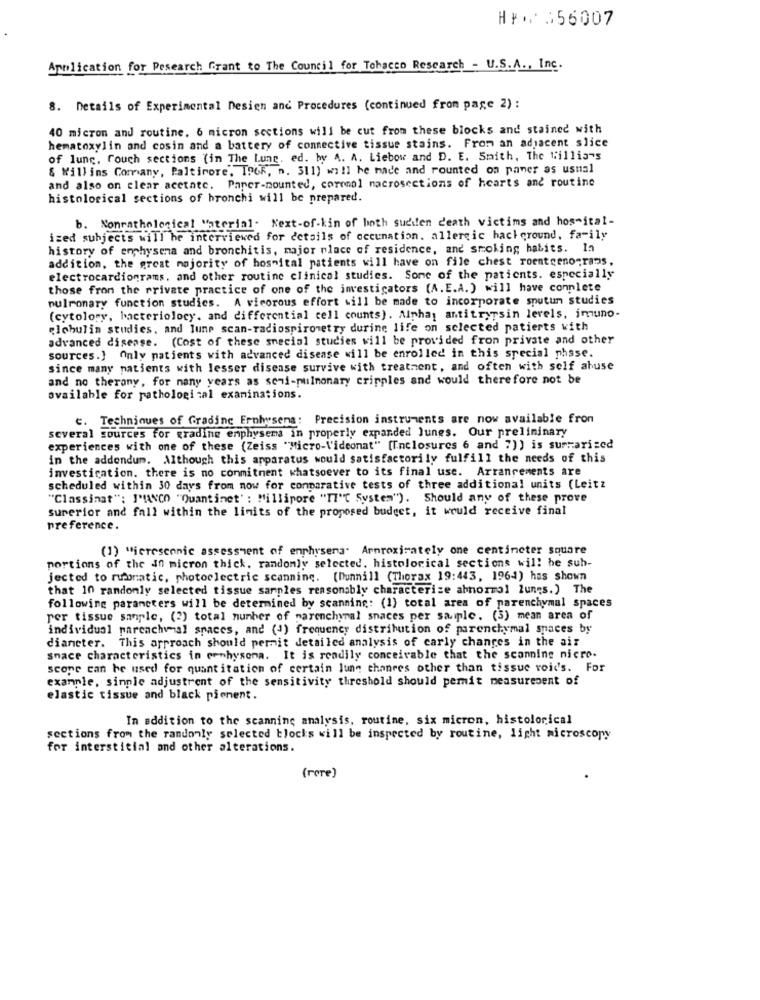
HY 056007
Application for Pesearch Grant to The Council for Tobacco Rescarch - U.S.A ., Inc.
8. Details of Experimental Design and Procedures (continued from page 2) :
40 micron and routine. 6 micron sections will be cut from these blocks and stained with
hematoxylin and cosin and a battery of connective tissue stains. From an adjacent slice
of lung. Couch sections (in The Lung, ed. by A. A. Liebow and D. E. Smith, The Williams
& Willins Comany, Paltirore, IPOR, n. 311) will be made and rounted on paner as usual
and also on clear acetate. Paper-mounted, coronel macrosections of hearts and routine
histological sections of bronchi will be prepared.
b. Nonrathological Material. Next-of-kin of both sudden death victims and hos-ital-
ized subjects will he interviewed for details of occunation. allergic background, fa-ily
history of emphysema and bronchitis, major place of residence, and smoking habits. In
addition, the great majority of hospital patients will have on file chest roentgeno-rams,
electrocardiograms. and other routine clinical studies. Some of the patients. especially
those from the private practice of one of the investigators (A.E.A.) will have complete
pulmonary function studies. A vicorous effort will be made to incorporate sputum studies
(cytology, bacteriolocy. and differential cell counts). Alphay antitrypsin levels, imuno-
globulin studies, and lune scan-radiospirometry durine life on selected patients with
advanced disease. (Cost of these special studies will be provided fron private and other
sources.} Only patients with advanced disease will be enrolled in this special phase.
since many patients with lesser disease survive with treatment, and often with self abuse
and no therany, for many years as seni-pulmonary cripples and would therefore not be
available for pathological examinations.
c. Techniques of Grading Erolwsens: Precision instruments are now available from
several sources for grading emphysema in properly expanded lunes. Our preliminary
experiences with one of these (Zeiss "Micro-Videonat" [Enclosures 6 and 7)) is surmarized
in the addendum. Although this apparatus would satisfactorily fulfill the needs of this
investication. there is no conmitnent whatsoever to its final use. Arrangements are
scheduled within 30 days from now for comparative tests of three additional units (Leitz
"Classinat": J'IANCO "Quantinet' : Millipore "IT"( System"). Should any of these prove
surerior and fall within the limits of the proposed budget, it would receive final
preference.
(1) "icresennic assessment of enphysena" Arnroximately one centimeter square
portions of the in micron thick. randomly selected. histolorical sections will be sub-
jected to rubratic, photoelectric scanning. (Dunnill (Thorax 19:443, 1964) has shown
that 10 randomly selected tissue sarples reasonably characterize abnormal lungs.) The
following parameters will be determined by scanning: (1) total area of parenchymal spaces
per tissue sample, (2) total number of parenchynal snaces per saiple. (3) mean area of
individual parcachval spaces, and (1) frequency distribution of parenchymal spaces by
dianeter. This approach should permit detailed analysis of carly changes in the air
snace characteristics in ernhysona. It is readily conceivable that the scanning nicro.
scope can be used for quantitation of certain lung chanres other than tissue void's. For
example, single adjustrent of the sensitivity threshold should pemit measurement of
elastic tissue and black pienent.
In addition to the scanning analysis, routine, six micron, histolorical
sections from the randonly selected blocks will be inspected by routine, light microscopy
for interstitial and other alterations.
(rore)